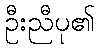
ဦးညီပု၏